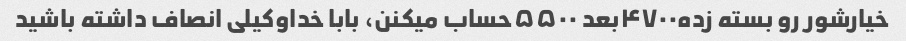
خیارشور رو بسته زده۴۷۰۰بعد ۵۵۰۰حساب میکنن، بابا خداوکیلی انصاف داشته باشید